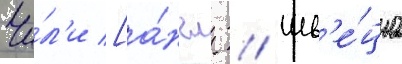
Чи́л'и [а́нгл. // Шв'е́циа